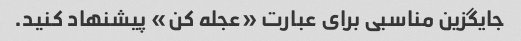
جایگزین مناسبی برای عبارت «عجله کن» پیشنهاد کنید.